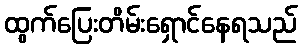
ထွက်ပြေးတိမ်းရှောင်နေရသည်